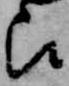
被